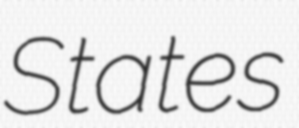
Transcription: States